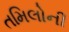
તમિલોની